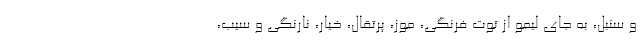
و سنبل، به جای لیمو از توت فرنگی، موز، پرتقال، خیار، نارنگی و سیب،